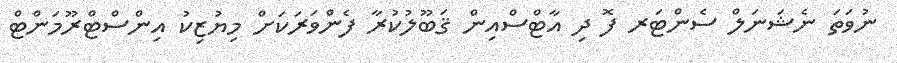
ނުވަތަ ނެޝަނަލް ސެންޓަރ ފޮ ދި އާޓްސްއިން ޤަބޫލުކުރާ ފެންވަރަކަށް މިޔުޒިކު އިންސްޓްރޫމަންޓް